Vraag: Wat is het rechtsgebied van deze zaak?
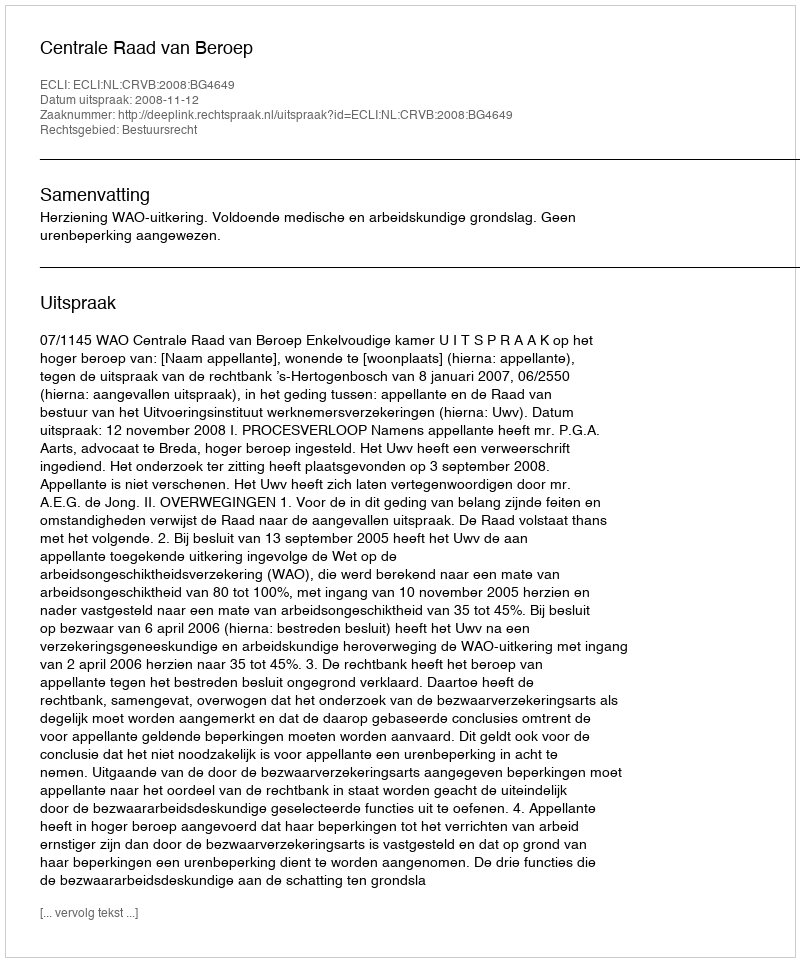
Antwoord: Bestuursrecht